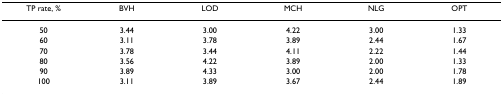
<table><thead><tr><td><b>TP rate, %</b></td><td><b>BVH</b></td><td><b>LOD</b></td><td><b>MCH</b></td><td><b>NLG</b></td><td><b>OPT</b></td></tr></thead><tbody><tr><td>50</td><td>3.44</td><td>3.00</td><td>4.22</td><td>3.00</td><td>1.33</td></tr><tr><td>60</td><td>3.11</td><td>3.78</td><td>3.89</td><td>2.44</td><td>1.67</td></tr><tr><td>70</td><td>3.78</td><td>3.44</td><td>4.11</td><td>2.22</td><td>1.44</td></tr><tr><td>80</td><td>3.56</td><td>4.22</td><td>3.89</td><td>2.00</td><td>1.33</td></tr><tr><td>90</td><td>3.89</td><td>4.33</td><td>3.00</td><td>2.00</td><td>1.78</td></tr><tr><td>100</td><td>3.11</td><td>3.89</td><td>3.67</td><td>2.44</td><td>1.89</td></tr></tbody></table>